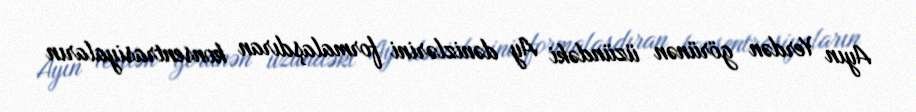
Ayın Yerdən görünən üzündəki Ay dənizlərini formalaşdıran konsentrasiyaların